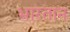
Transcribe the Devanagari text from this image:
भारतान